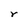
Character: r